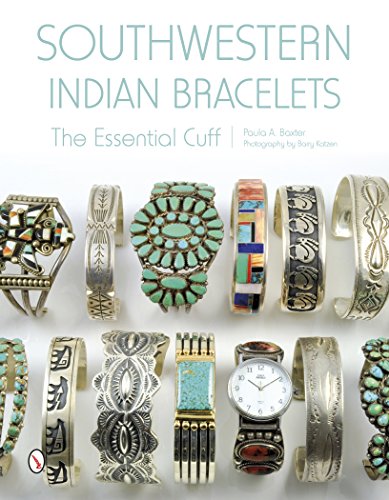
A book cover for Southwestern Indian Bracelets: The Essential Cuff; Paula A. Baxter; Crafts, Hobbies & Home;